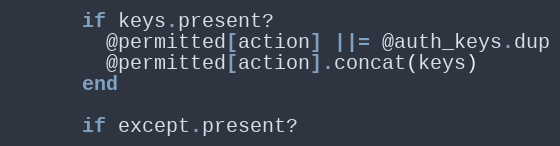
Language: Ruby
      if keys.present?
        @permitted[action] ||= @auth_keys.dup
        @permitted[action].concat(keys)
      end

      if except.present?